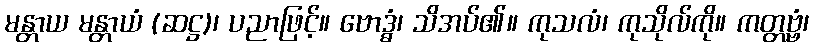
မန္တာယ မန္တာယံ (ဆဋ္ဌ)၊ ပညာဖြင့်။ ဗောဒ္ဓံ၊ သိအပ်၏။ ကုသလံ၊ ကုသိုလ်ကို။ ကတ္တဗ္ဗံ၊